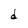
Character: d